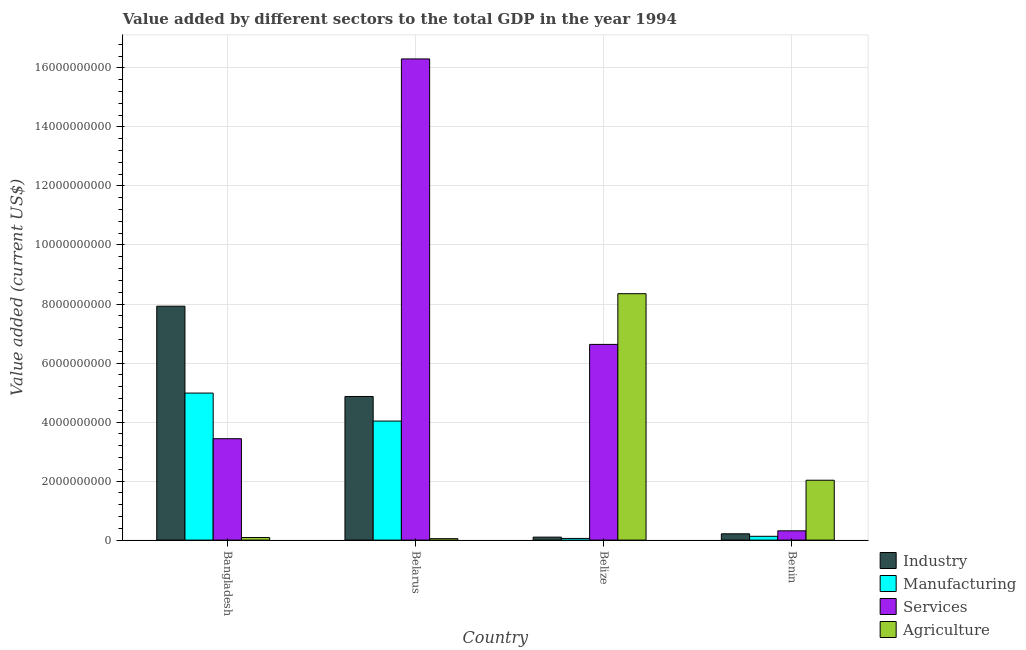
| Country | Industry | Manufacturing | Services | Agriculture |
 | --- | --- | --- | --- | --- |
 | Bangladesh | 7.93e+09 | 4.98e+09 | 3.44e+09 | 8.72e+07 |
 | Belarus | 4.87e+09 | 4.03e+09 | 1.63e+10 | 4.79e+07 |
 | Belize | 1.01e+08 | 5.68e+07 | 6.63e+09 | 8.35e+09 |
 | Benin | 2.13e+08 | 1.29e+08 | 3.14e+08 | 2.03e+09 |